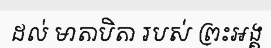
ដល់ មាតាបិតា របស់ ព្រះអង្គ